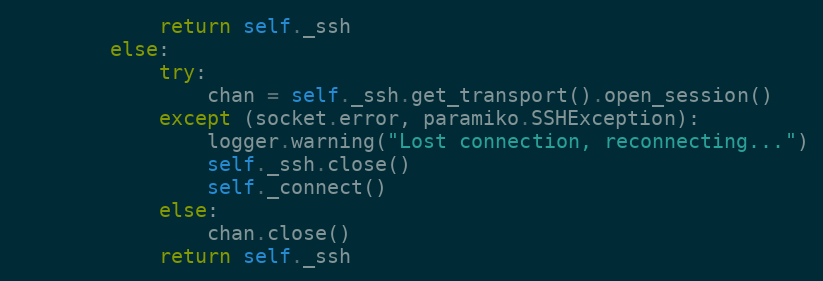
Language: Python
            return self._ssh
        else:
            try:
                chan = self._ssh.get_transport().open_session()
            except (socket.error, paramiko.SSHException):
                logger.warning("Lost connection, reconnecting...")
                self._ssh.close()
                self._connect()
            else:
                chan.close()
            return self._ssh